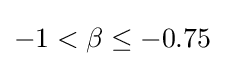
-1<\beta \leq -0.75